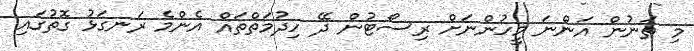
މި ތަނުން އަންނަ މީހުންނަށް ރިސޯޓުން ދޭ ހިދުމަތްތައް އެންމެ ރަނގަޅު ގޮތުގައި